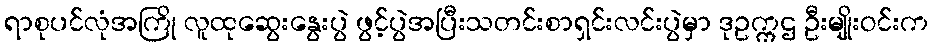
ရာစုပင်လုံအကြို လူထုဆွေးနွေးပွဲ ဖွင့်ပွဲအပြီးသတင်းစာရှင်းလင်းပွဲမှာ ဒုဥက္ကဌ ဦးမျိုးဝင်းက